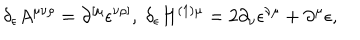
\delta _ { \epsilon } A ^ { \mu \nu \rho } = \partial ^ { \left[ \mu \right. } \epsilon ^ { \left. \nu \rho \right] } , \; \delta _ { \epsilon } H ^ { ( 1 ) \mu } = 2 \partial _ { \nu } \epsilon ^ { \nu \mu } + \partial ^ { \mu } \epsilon ,